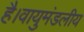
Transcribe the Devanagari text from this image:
है।वायुमंडलीय